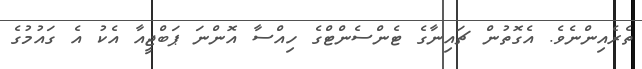
ތެރެއިންނެވެ. އެގޮތުން ޗައިނާގެ ޓެންސެންޓްގެ ހިއްސާ އޮންނަ ޕަބްޖީއާ އެކު އެ ގައުމުގެ